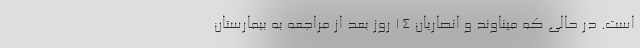
است. در حالی که میناوند و انصاریان 14 روز بعد از مراجعه به بیمارستان